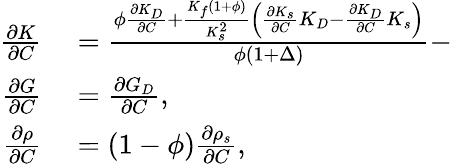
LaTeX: \begin{array}{r}{\begin{array}{rl}{\frac{\partial K}{\partial C}}&{{}=\frac{\phi\frac{\partial K_{D}}{\partial C}+\frac{K_{f}(1+\phi)}{K_{s}^{2}}\left(\frac{\partial K_{s}}{\partial C}K_{D}-\frac{\partial K_{D}}{\partial C}K_{s}\right)}{\phi(1+\Delta)}-}\\ {\frac{\partial G}{\partial C}}&{{}=\frac{\partial G_{D}}{\partial C},}\\ {\frac{\partial\rho}{\partial C}}&{{}=(1-\phi)\frac{\partial\rho_{s}}{\partial C},}\end{array}}\end{array}